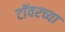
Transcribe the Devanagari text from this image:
टाॅवरच्या